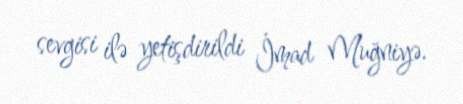
sevgisi ilə yetişdirildi İmad Muğniyə.